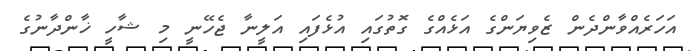
އަހަރެއްވާންދެން ޒެވިޔަންގެ އަޅެއްގެ ގޮތުގައި އުޅެފައި އަލީނާ ޖެހޭނީ މި ޝާހީ ޚާންދާނުގެ